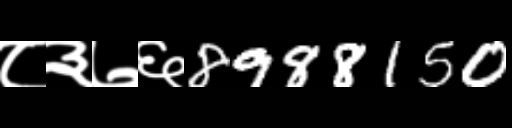
Text: ८३७६8988150